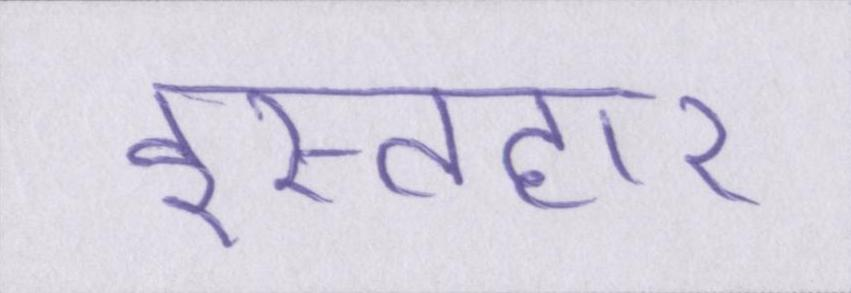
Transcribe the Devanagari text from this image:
इस्तहार